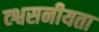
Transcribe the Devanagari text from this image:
व्श्वसनीयता